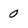
Character: 0